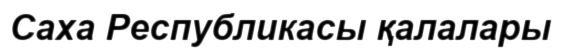
Саха Республикасы қалалары